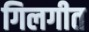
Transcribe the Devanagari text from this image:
गिलगीत